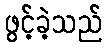
ဖွင့်ခဲ့သည်